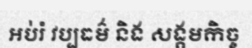
អប់រំ វប្បធម៌ និង សង្គមកិច្ច